Annual report on the working of the lock hospitals in the Central Provinces
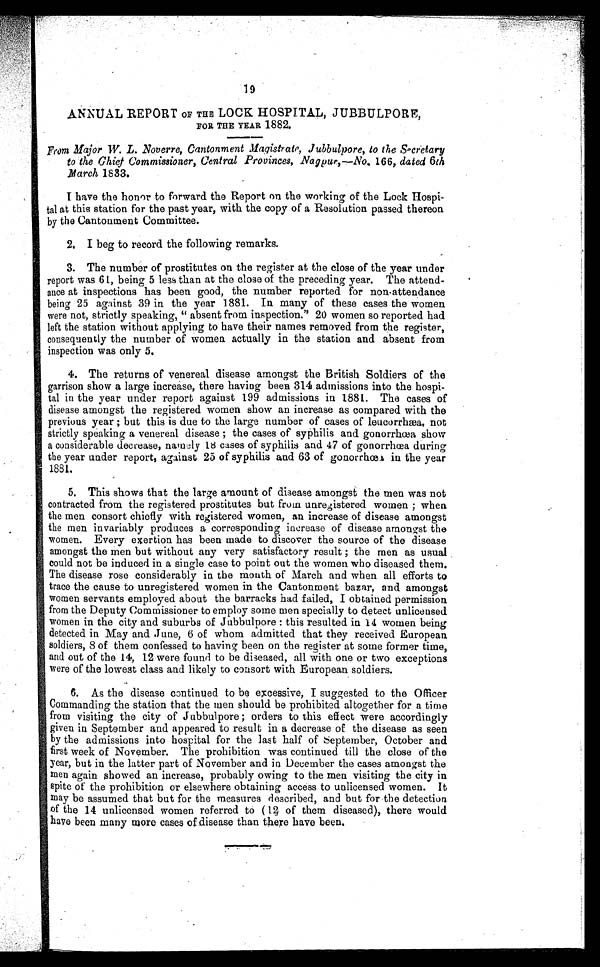
19
ANNUAL REPORT OF THE LOCK HOSPITAL, JUBBULPORE,
FOR THE YEAR 1882.
From Major W. L. Noverre, Cantonment Magistrate, Jubbulpore, to the Secretary
to the Chief Commissioner, Central Provinces, Nagpur,—No. 166, dated 6th
M arch 1833.
I have the honor to forward the Report on the working of the Lock Hospi
- t a l a t t h i s s t a t i o n f o r t h e p a s t y e a r , w i t h t h e c o p y o f a R e s o l u t i o n p a s s e d t h e r e o n
by the Cantonment Committee.
2. I beg to record the following remarks.
3. The number of prostitutes on the register at the close of the year under
report was 61, being 5 less than at the close of the preceding year. The attend-
ance at inspections has been good, the number reported for non-attendance
being 25 against 39 in the year 1881. In many of these cases the women
were not, strictly speaking, " absent from inspection." 20 women so reported had
left the station without applying to have their names removed from the register,
consequently the number of women actually in the station and absent from
inspection was only 5.
4. The returns of venereal disease amongst the British Soldiers of the
garrison show a large increase, there having been 314 admissions into the hospi-
tal in the year under report against 199 admissions in 1881. The cases of
disease amongst the registered women show an increase as compared with the
previous year ; but this
5.
is due to the large number of cases of leucorrhæa, not
strictly speaking a venereal disease ; the cases of syphilis and gonorrhœa show
a considerable decrease, namely 18 cases of syphilis and 47 of gonorrhœa during
the year under report, against 25 of syphilis and 63 of gonorrhœa in the year
1881.
6. This shows that the large amount of disease amongst the men was not
contracted from the registered prostitutes but from unregistered women ; when
the men consort chiefly with registered women, an increase of disease amongst
the men invariably produces a corresponding increase of disease amongst the
women. Every exertion has been made to discover the source of the disease
amongst the men but without any very satisfactory result ; the men as usual
could not be induced in a single case to point out the women who diseased them.
The disease rose considerably in the month of March and when all efforts to
trace the cause to unregistered women in the Cantonment bazar, and amongst
women servants employed about the barracks had failed, I obtained permission
from the Deputy Commissioner to employ some men specially to detect unlicensed
women in the city and suburbs of Jubbulpore : this resulted in 14 women being
detected in May and June, 6 of whom admitted that they received European
soldiers, 8 of them confessed to having been on the register at some former time,
and out of the 14, 12 were found to be diseased, all with one or two exceptions
were of the lowest class and likely to consort with European soldiers.
7. As the disease continued to be excessive, I suggested to the Officer
Commanding the station that the men should be prohibited altogether for a time
from visiting the city of Jubbulpore ; orders to this effect were accordingly
given in September and appeared to result in a decrease of the disease as seen
by the admissions into hospital for the last half of September, October and
first week of November. The prohibition was continued till the close of the
year, but in the latter part of November and in December the cases amongst the
men again showed an increase, probably owing to the men visiting the city in
spite of the prohibition or elsewhere obtaining access to unlicensed women. It
may be assumed that but for the measures described, and but for the detection
of the 14 unlicensed women referred to (12 of them diseased), there would
have been many more cases of disease than there have been.